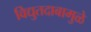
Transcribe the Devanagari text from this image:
विद्युतदाबामुळे